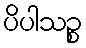
ပိပါသဉ္စ